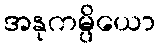
အနုကမ္ပိယော